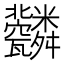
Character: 𦨆